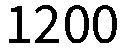
1200